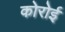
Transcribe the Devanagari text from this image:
कोरोई